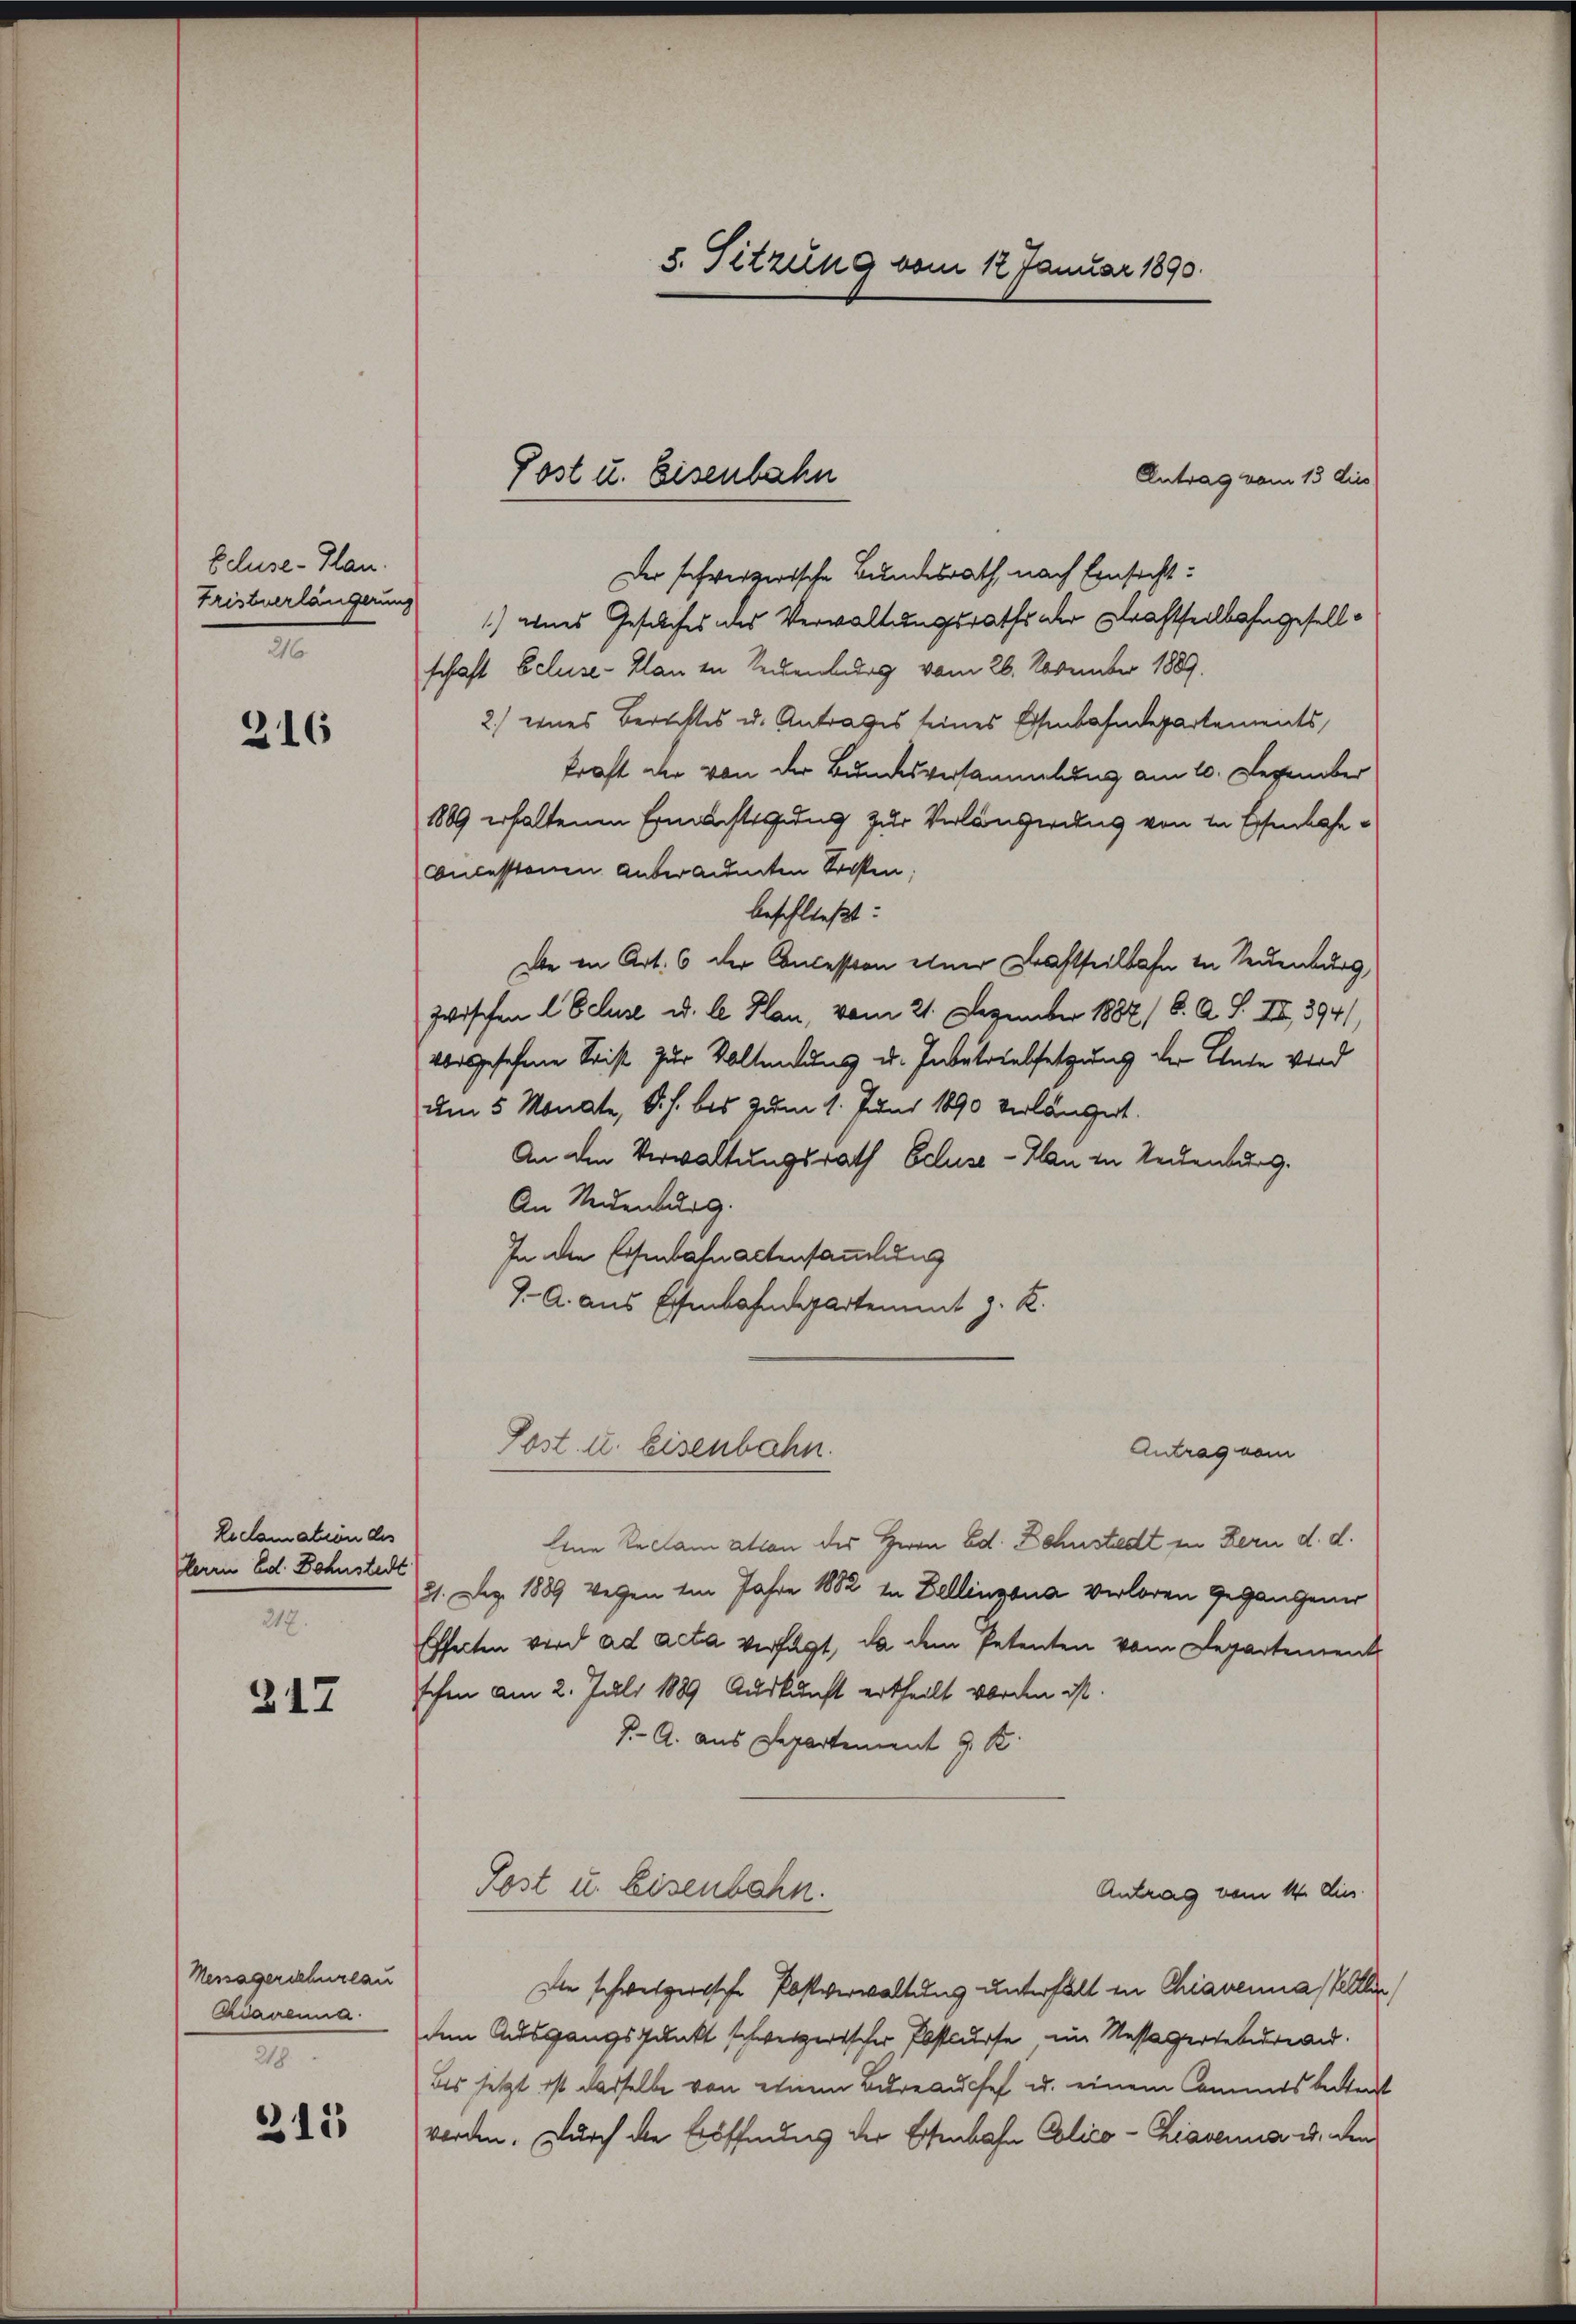
Ecluse-Plan.
Fristverlängerung
216

216

Reclamation des
Herrn Ed. Bohnstedt
217.

317

Nessagerschurlau
Adarenna
2

315

Antrag vom 13 dies
Der schweizerische Bundesrath, nach Einsicht:
1) eines Gesuches des Verwaltungsraths der Kraftteilbahngesellschaft Beluse-Plan in Seckenburg vom 26. November 1889.
2.) eines Berichtes u. Antrages seines Eisenbahndepartements,
kraft der von der Bundesversammlung am 10. Dezember
1889 erhaltenen Ermächtigung zur Verlängerung von in Eisenbahn¬
Concessionen anberaumten Trosten;
beschließt:
Die in Art. 6 der Concession einer Kraftheilbahn in Neuenburg,
Zwischen l. Schuse u. l. Hau, vom 21. Dezember 1882/8. A. S. II., 394/
vorgesehene Seist zur Vollendung u. Inbetriebsetzung der Gute wird
am 5 Monate, d. h. bis zum 1. Juni 1890 verlängert.
An den Verwaltungsrath Ecluse-Han in Neuenburg.
An Neuenburg.
In die Eisenbahn actensammlung
7. A. aus Essenbahndepartement z. R.

5. Sitzung vom 12 Januar 1890.

Post u. Eisenbahn

Post. l. Eisenbahn.

Antrag vom
Eine Reclamation des Herrn Ed. Dahnstadt in Bern d. d.
21. Dez. 1889 wegen im Jahre 1882 in Dellinzona verloren gegangener
Effecten wird ad acta verfügt, da dem Petenten vom Departement
schen am 2. Juli 1889 Auskunft ertheilt worden ist.
J. A. aus Departement G. K.
Post u. Eisenbahn.
Antrag vom 14. dies
Die schweizerische Postverwaltung unterfallt in Chiaverna Sellen
den Ausgangspunkt schweizerischer Postkurse im Nessagerteur and
bis jetzt ist dasselbe von einem Bureauchef u. einem Cammtsbeitent
worden. Durch die Eröffnung der Eisenbahn Polico - Ziavenua u. den